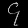
Digit: ၄